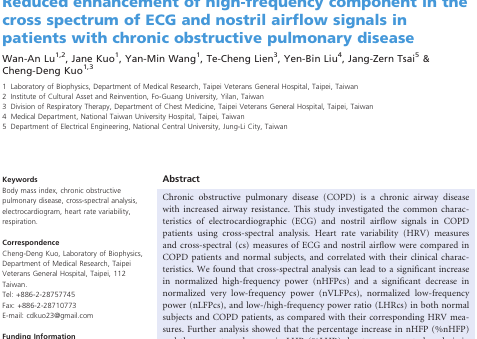
<table><thead><tr><td></td><td><b>Control (<i>n</i> = 23)</b></td><td><b>COPD (<i>n</i> = 23)</b></td><td><b><i>P</i> value</b></td></tr></thead><tbody><tr><td colspan="4">Time‐domain HRV measures</td></tr><tr><td>HR (bpm)</td><td>68.2 (61.1–76.7)</td><td>67.7 (64.2–75.0)</td><td>NS</td></tr><tr><td>mRRI (msec)</td><td>867 (801–985)</td><td>862 (794–939)</td><td>NS</td></tr><tr><td>SD<sub>RR</sub> (msec)</td><td>23 (18–33)</td><td>38 (25–62)</td><td>0.004</td></tr><tr><td>CV<sub>RR</sub> (%)</td><td>2.72 (1.72–3.76)</td><td>4.91 (3.09–6.72)</td><td>0.003</td></tr><tr><td>rMSSD (msec)</td><td>15.5 (11.5–39.1)</td><td>51.4 (23.2–95.8)</td><td>0.001</td></tr><tr><td colspan="4">Frequency–domain HRV measures</td></tr><tr><td>TP (msec<sup>2</sup>)</td><td>204.1 (127.6–422.8)</td><td>449.6 (195.6–1147.0)</td><td>0.015</td></tr><tr><td>VLFP (msec<sup>2</sup>)</td><td>70.4 (49.1–97.0)</td><td>73.6 (30.8–184.0)</td><td>NS</td></tr><tr><td>LFP (msec<sup>2</sup>)</td><td>52.1 (28.9–74.0)</td><td>65.8 (27.1–266.2)</td><td>NS</td></tr><tr><td>HFP (msec<sup>2</sup>)</td><td>41.1 (25.4–181.3)</td><td>223.7(53.3–795.3)</td><td>0.006</td></tr><tr><td>nVLFP (nu)</td><td>43.0 (20.8–55.7)</td><td>25.2 (13.3–46.9)</td><td>NS</td></tr><tr><td>nLFP (nu)</td><td>27.5 (21.1–31.4)</td><td>18.3 (11.3–24.2)</td><td>0.004</td></tr><tr><td>nHFP (nu)</td><td>32.2 (17.9–49.4)</td><td>53.6 (31.0–64.8)</td><td>0.007</td></tr><tr><td>LHR</td><td>0.85 (0.51–1.84)</td><td>0.39 (0.17–0.62)</td><td>&lt;0.001</td></tr><tr><td colspan="4">Cross–spectral measures</td></tr><tr><td>TPcs (mv × mL/sec)</td><td>1.05 (0.58–2.25)</td><td>1.07 (0.84–1.88)</td><td>NS</td></tr><tr><td>VLFPcs (mv × mL/sec)</td><td>0.06 (0.04–0.10)</td><td>0.07 (0.04–0.17)</td><td>NS</td></tr><tr><td>LFPcs (mv × mL/sec)</td><td>0.12 (0.08–0.23)</td><td>0.13 (0.07–0.21)</td><td>NS</td></tr><tr><td>HFPcs (mv × mL/sec)</td><td>0.84 (0.46–1.54)</td><td>0.84 (0.65–1.61)</td><td>NS</td></tr><tr><td>nVLFPcs (nu)</td><td>5.7 (3.5–9.1)a</td><td>6.9 (4.0–12.2)a</td><td>NS</td></tr><tr><td>nLFPcs (nu)</td><td>12.9 (8.8–17.2)a</td><td>12.9 (7.5–15.5)a</td><td>NS</td></tr><tr><td>nHFPcs (nu)</td><td>80.8 (76.2–85.9)a</td><td>78.8 (72.2–87.5)a</td><td>NS</td></tr><tr><td>LHRcs</td><td>0.16 (0.10–0.22)a</td><td>0.16 (0.09–0.20)a</td><td>NS</td></tr><tr><td colspan="4">Percentage changes in spectral measures</td></tr><tr><td>%nVLFP (%)</td><td>−82.9 (–90.6 to −72.9)</td><td>−67.6 (−86.8 to−32.2)</td><td>NS</td></tr><tr><td>%nLFP (%)</td><td>−45.0 (−73.8 to −31.6)</td><td>−45.6 (−64.0–12.4)</td><td>NS</td></tr><tr><td>%nHFP (%)</td><td>141.5 (78.5 – 347.4)</td><td>47.0 (13.6–134.2)</td><td>0.008</td></tr><tr><td>%LHR (%)</td><td>−83.9 (−90.9 to −73.0)</td><td>−59.1 (−87.7 to −2.6)</td><td>0.041</td></tr></tbody></table>